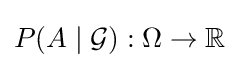
P(A\mid {\mathcal {G}}):\Omega \to \mathbb {R}